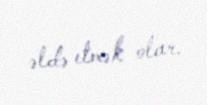
əldə etmək olar.